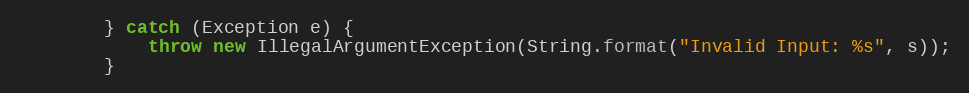
Language: Java
        } catch (Exception e) {
            throw new IllegalArgumentException(String.format("Invalid Input: %s", s));
        }